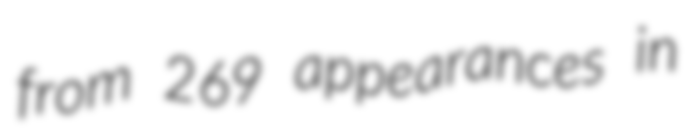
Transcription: from 269 appearances in